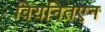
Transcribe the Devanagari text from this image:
वियनितएन